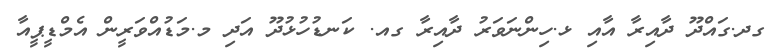
ގދ.ގައްދޫ ދާއިރާ އާއި ޅ.ހިންނަވަރު ދާއިރާ ގއ. ކަނޑުހުޅުދޫ އަދި މ.މަޑުއްވަރީން އެމްޑީޕީއާ